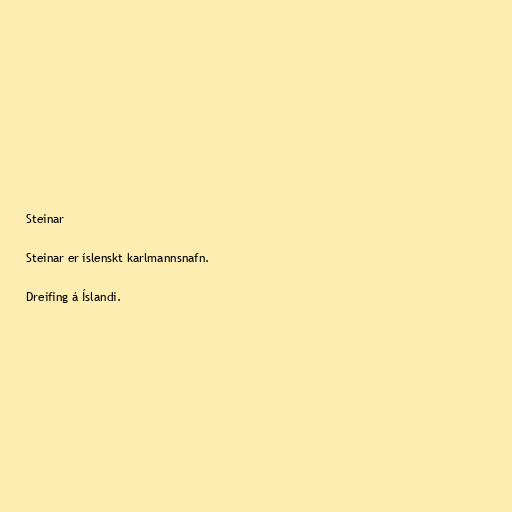
Steinar

Steinar er íslenskt karlmannsnafn.

Dreifing á Íslandi.